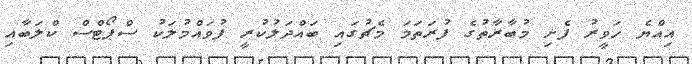
އިއްޔެ ހަވީރު ފެށި މުބާރާތުގެ ފުރަތަމަ މެޗުގައި ބައްދަލުކުރީ ފުވައްމުލަކު ސްޕޯޓްސް ކްލަބާއި